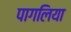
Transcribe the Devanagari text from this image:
पागलिया